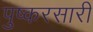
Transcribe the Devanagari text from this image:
पुष्करसारी